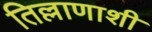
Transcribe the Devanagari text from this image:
तिल्लाणाशी